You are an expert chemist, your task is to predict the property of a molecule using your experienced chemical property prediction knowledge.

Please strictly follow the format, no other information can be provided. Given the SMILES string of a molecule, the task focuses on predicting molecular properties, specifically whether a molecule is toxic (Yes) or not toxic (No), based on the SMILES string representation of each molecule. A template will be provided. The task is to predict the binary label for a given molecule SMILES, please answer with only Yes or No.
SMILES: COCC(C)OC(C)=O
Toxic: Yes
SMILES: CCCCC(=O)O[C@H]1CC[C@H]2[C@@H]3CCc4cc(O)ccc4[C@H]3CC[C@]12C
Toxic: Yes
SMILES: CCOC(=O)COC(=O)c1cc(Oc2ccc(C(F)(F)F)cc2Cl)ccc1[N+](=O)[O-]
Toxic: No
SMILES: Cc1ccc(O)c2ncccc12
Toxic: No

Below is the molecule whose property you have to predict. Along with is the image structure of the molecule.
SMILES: CCc1cccc(CC)c1N
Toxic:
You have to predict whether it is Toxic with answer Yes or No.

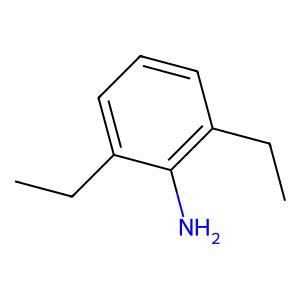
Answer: No